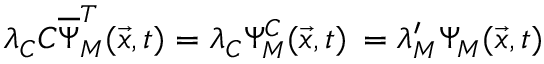
\lambda _ { C } C \overline { { { \Psi } } } _ { M } ^ { T } ( \vec { x } , t ) = \lambda _ { C } \Psi _ { M } ^ { C } ( \vec { x } , t ) \nonumber \, = \lambda _ { M } ^ { \prime } \Psi _ { M } ( \vec { x } , t )